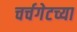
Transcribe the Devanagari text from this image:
चर्चगेटच्या